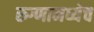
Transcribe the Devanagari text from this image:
रुग्णामध्येच